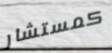
كمستشار